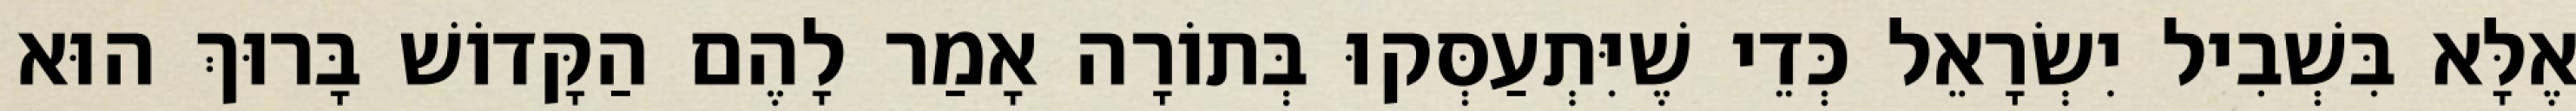
אֶלָּא בִּשְׁבִיל יִשְׂרָאֵל כְּדֵי שֶׁיִּתְעַסְּקוּ בְּתוֹרָה אָמַר לָהֶם הַקָּדוֹשׁ בָּרוּךְ הוּא